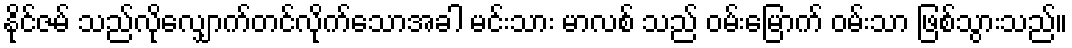
နိုင်ဇမ် သည်လိုလျှောက်တင်လိုက်သောအခါ မင်းသား မာလစ် သည် ဝမ်းမြောက် ဝမ်းသာ ဖြစ်သွားသည်။